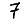
Digit: 7